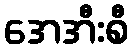
အေအီးစီ